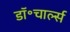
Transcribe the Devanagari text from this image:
डॉ॰चार्ल्स